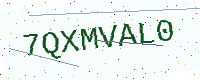
Text: 7QXMVAL0